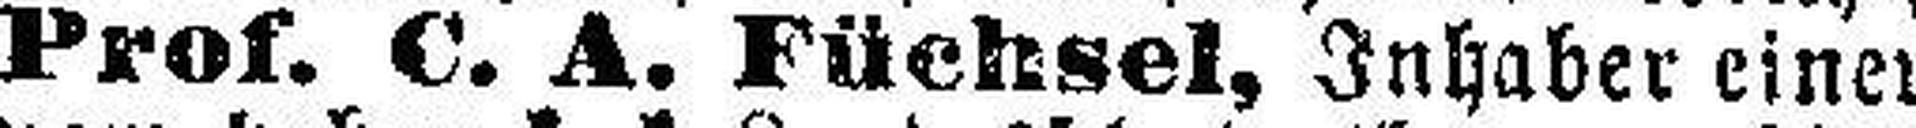
Prof. C. A. Füchsel, Inhaber einer